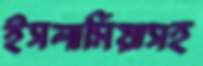
ইসলামিয়াসহ